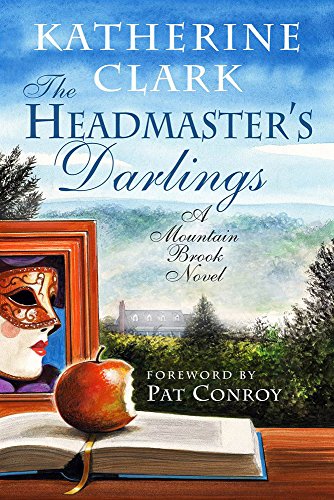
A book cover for The Headmaster's Darlings: A Mountain Brook Novel (Story River Books); Katherine Clark; Literature & Fiction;